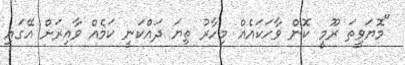
"މޮޔަވީތަ ރޫމީ ކޮން ވާހަކައެއް މިހާރު ތިޔަ ދައްކަނީ ކަމެއް ވާއިރަށް އޭގައި